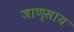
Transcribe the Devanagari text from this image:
जाण्साय